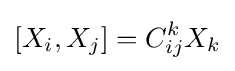
[X_{i},X_{j}]={C_{ij}^{k}}X_{k}